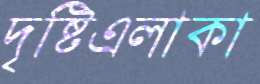
দৃষ্টিএলাকা